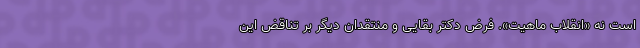
است نه «انقلاب ماهیت». فرض دکتر بقایی و منتقدان دیگر بر تناقض این